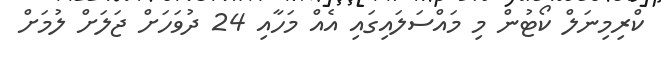
ކްރިމިނަލް ކޯޓުން މި މައްސަލައިގައި އެއް މަހާއި 24 ދުވަހަށް ޖަލަށް ލުމަށް